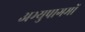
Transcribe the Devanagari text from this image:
अभ्युपागमों